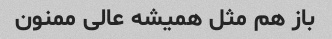
باز هم مثل همیشه عالی ممنون